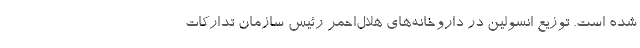
شده است. توزیع انسولین در داروخانه‌های هلال‌احمر رئیس سازمان تدارکات